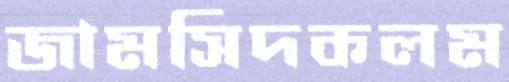
জামসিদকলম